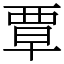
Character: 覃